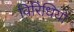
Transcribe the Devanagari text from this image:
विरिधियों